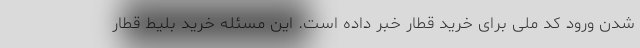
شدن ورود کد ملی برای خرید قطار خبر داده است. این مسئله خرید بلیط قطار